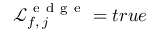
\mathcal { L } _ { f , \, j } ^ { \mathrm { ~ e ~ d ~ g ~ e ~ } } = t r u e